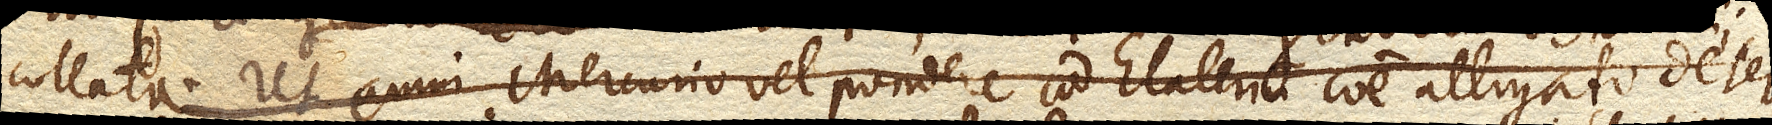
collata. Ut enim Mercurio vel pondere ad Elaterium commune alligato deter–